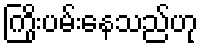
ကြိုးပမ်းနေသည်ဟု